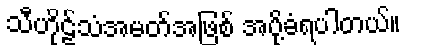
သီဟိုဠ်သံအမတ်အဖြစ် အပို့ခံရပါတယ်။